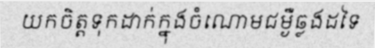
យកចិត្តទុកដាក់ក្នុងចំណោមជម្ងឺឆ្លងដទៃ